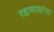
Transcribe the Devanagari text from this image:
रहावाशांना